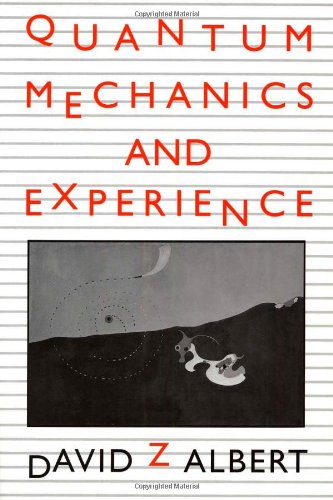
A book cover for Quantum Mechanics and Experience; David Z Albert; Science & Math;